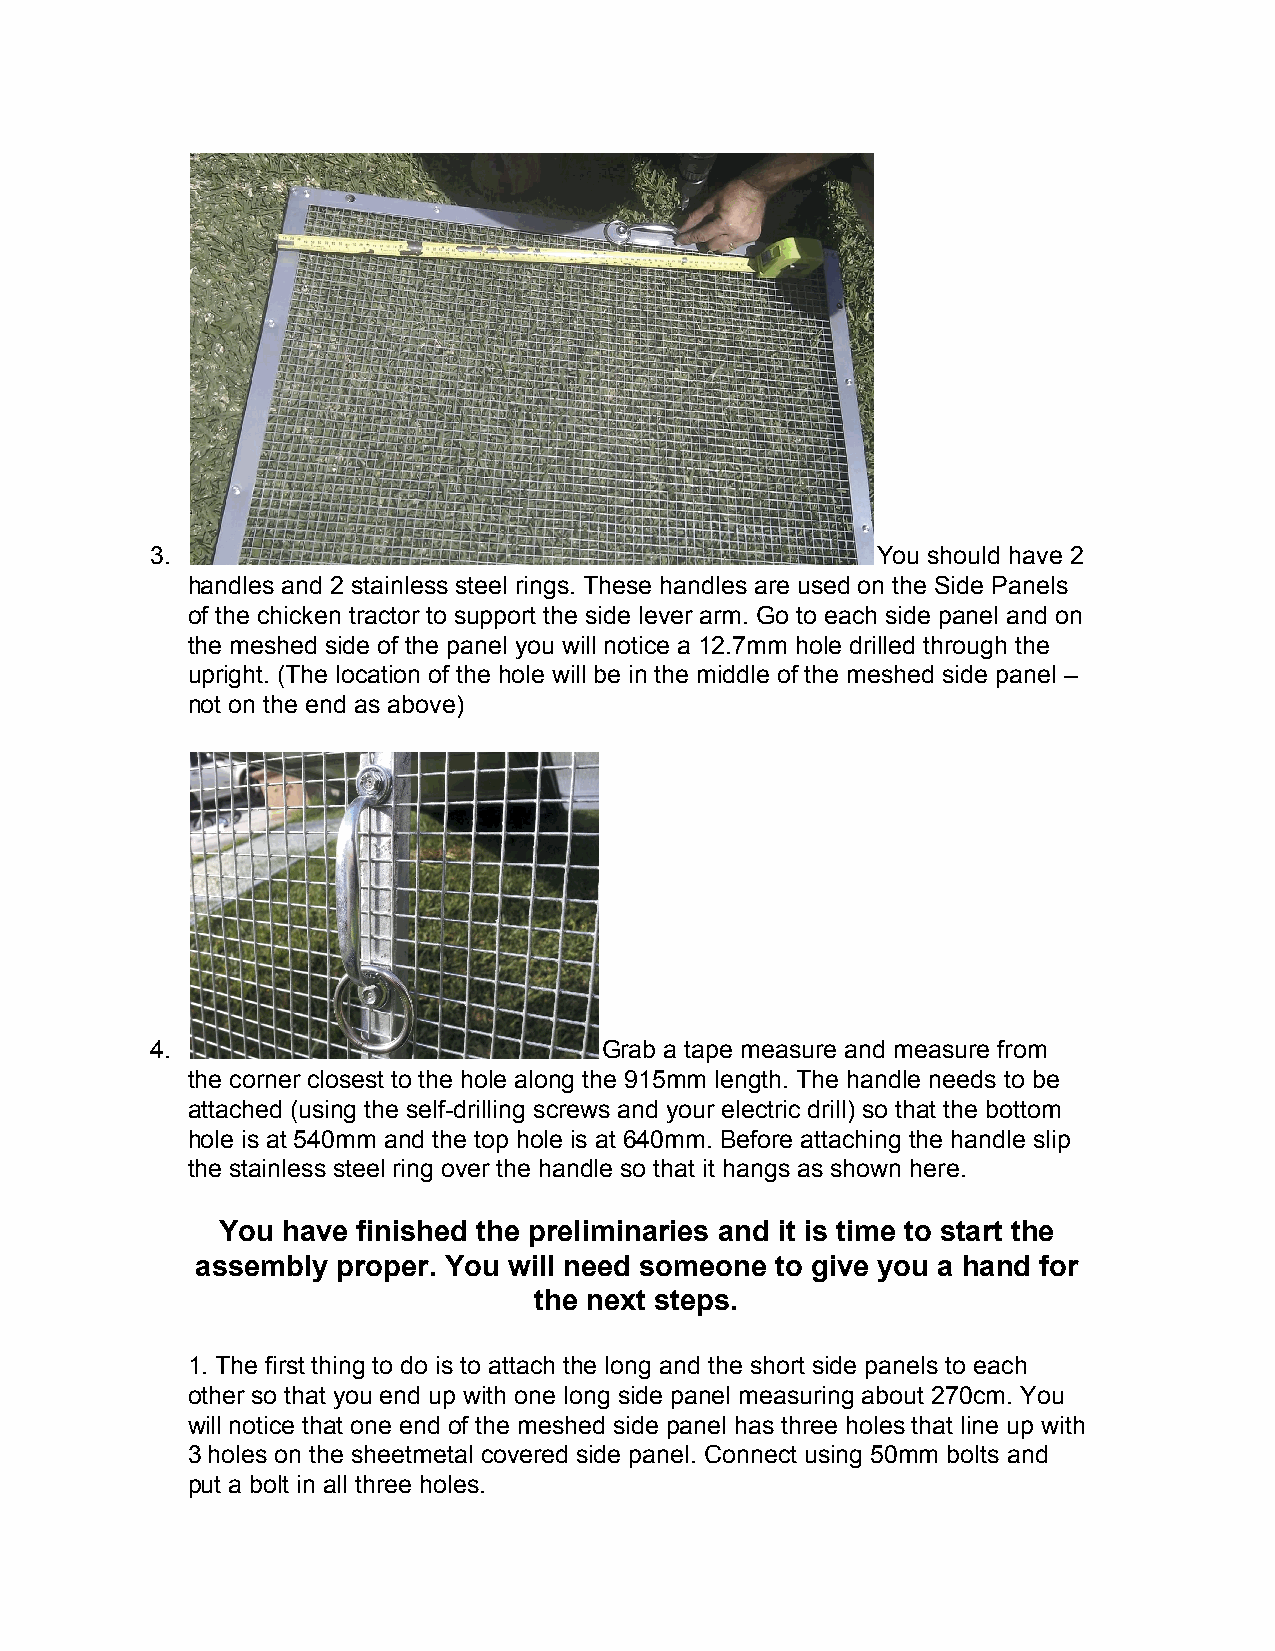
3.                                              You should have 2
 handles and 2 stainless steel rings. These handles are used on the Side Panels
 of the chicken tractor to support the side lever arm. Go to each side panel and on
 the meshed side of the panel you will notice a 12.7mm hole drilled through the
 upright. (The location of the hole will be in the middle of the meshed side panel –
 not on the end as above)
 4.                            Grab a tape measure and measure from
 the corner closest to the hole along the 915mm length. The handle needs to be
 attached (using the self-drilling screws and your electric drill) so that the bottom
 hole is at 540mm and the top hole is at 640mm. Before attaching the handle slip
 the stainless steel ring over the handle so that it hangs as shown here.
 You  have finished the preliminaries and it is time to start the
 assembly proper. You will need someone to give you a hand for
 the next steps.
 1. The first thing to do is to attach the long and the short side panels to each
 other so that you end up with one long side panel measuring about 270cm. You
 will notice that one end of the meshed side panel has three holes that line up with
 3 holes on the sheetmetal covered side panel. Connect using 50mm bolts and
 put a bolt in all three holes.